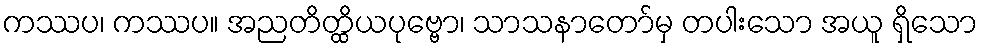
ကဿပ၊ ကဿပ။ အညတိတ္ထိယပုဗ္ဗော၊ သာသနာတော်မှ တပါးသော အယူ ရှိသော